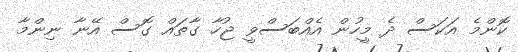
ކޮންމެ އަކަސް ދެ މީހުން އެއްބަސްވީ ޖުހާ ގާތައް ގޮސް އޭނާ ނިންމާ